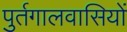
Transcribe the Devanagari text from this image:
पुर्तगालवासियों